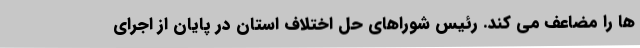
ها را مضاعف می کند. رئیس شوراهای حل اختلاف استان در پایان از اجرای